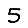
Digit: 5